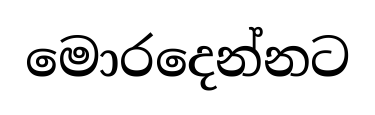
මොරදෙන්නට